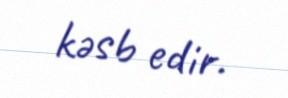
kəsb edir.